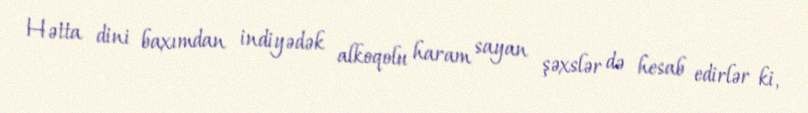
Hətta dini baxımdan indiyədək alkoqolu haram sayan şəxslər də hesab edirlər ki,